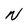
Character: N